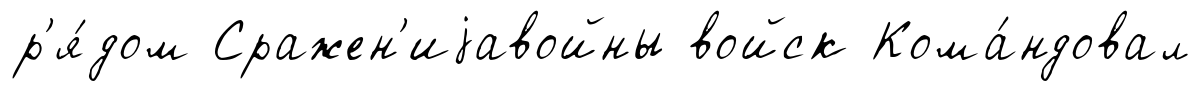
р'я́дом Сражен'иjавойны войск Кома́ндовал